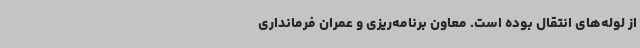
از لوله‌های انتقال بوده است. معاون برنامه‌ریزی و عمران فرمانداری